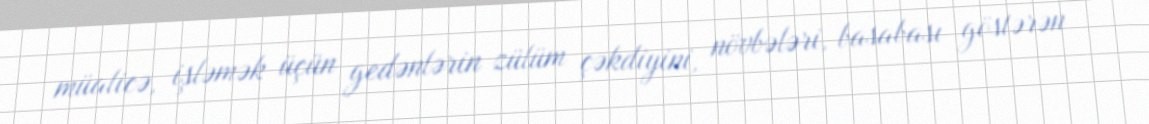
müalicə, işləmək üçün gedənlərin zülüm çəkdiyini, növbələri, basabası göstərən